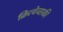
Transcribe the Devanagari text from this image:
क्रित्चेव्सकी